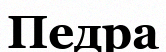
Педра